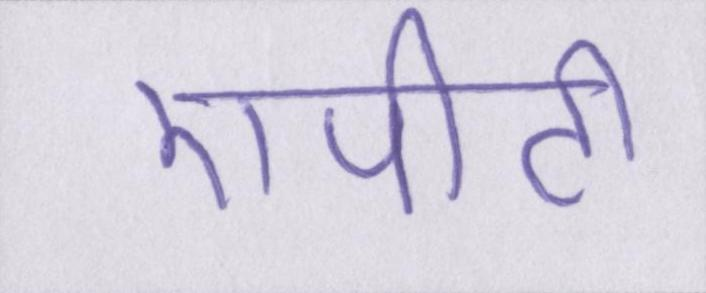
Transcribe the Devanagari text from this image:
एपीटी